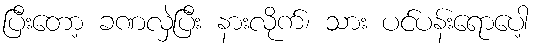
ပြီးတော့ ခဏလှဲပြီး နားလိုက်၊ သား ပင်ပန်းရောပေါ့